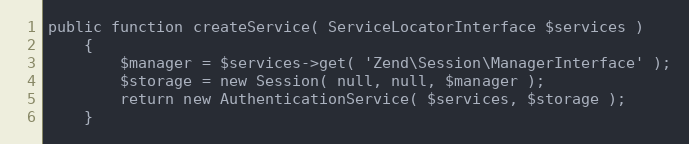
Language: PHP
public function createService( ServiceLocatorInterface $services )
    {
        $manager = $services->get( 'Zend\Session\ManagerInterface' );
        $storage = new Session( null, null, $manager );
        return new AuthenticationService( $services, $storage );
    }